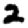
Digit: 2